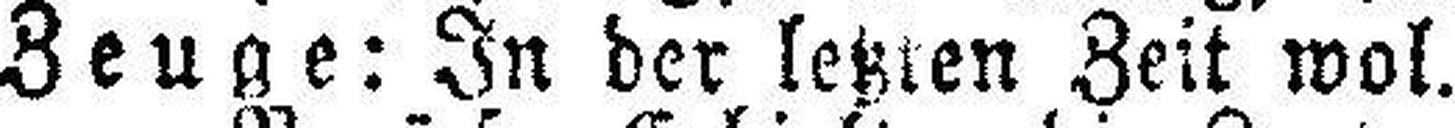
Zeuge: In der letzten Zeit wol.